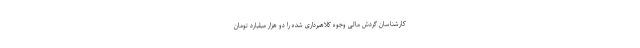
کارشناسان گردش مالی وجوه کلاهبرداری شده را دو هزار میلیارد تومان